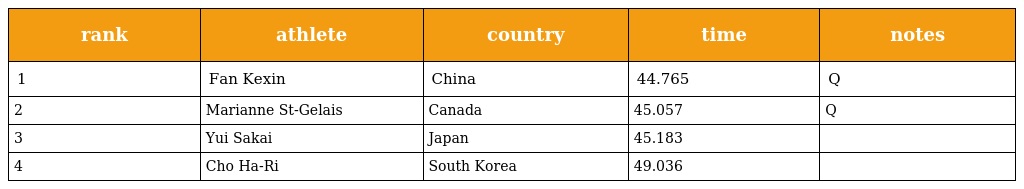
| rank | athlete | country | time | notes |
 | --- | --- | --- | --- | --- |
 | 1 | Fan Kexin | China | 44.765 | Q |
 | 2 | Marianne St-Gelais | Canada | 45.057 | Q |
 | 3 | Yui Sakai | Japan | 45.183 |  |
 | 4 | Cho Ha-Ri | South Korea | 49.036 |  |